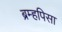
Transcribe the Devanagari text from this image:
ब्रम्हपिसा